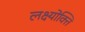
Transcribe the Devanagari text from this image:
लक्ष्योक्ति